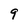
Character: 9